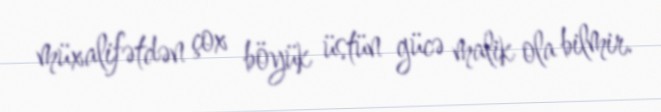
müxalifətdən çox böyük üstün gücə malik ola bilmir.